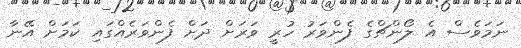
ނަމަވެސް އެ ލޯންޗްގެ ފެންވަރު ހުރީ ވަރަށް ދަށް ފެންވަރެއްގައި ކަމަށް އޭނާ